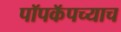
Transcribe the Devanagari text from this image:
पॉपकॅपच्याच